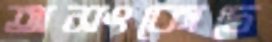
অসংকোচে